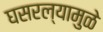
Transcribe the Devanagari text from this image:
घसरल्यामुळे